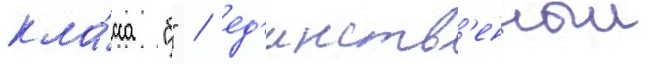
кла́сса "б" / ед'инств'енныи